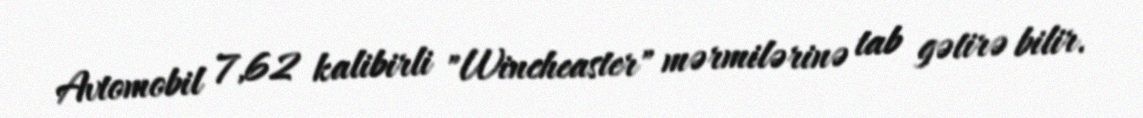
Avtomobil 7,62 kalibirli "Wincheaster" mərmilərinə tab gətirə bilir.